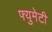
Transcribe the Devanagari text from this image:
फ्युमेटी